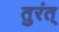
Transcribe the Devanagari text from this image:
तुरंत्